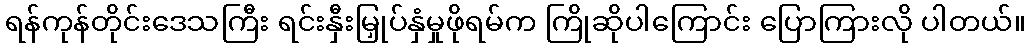
ရန်ကုန်တိုင်းဒေသကြီး ရင်းနှီးမြှုပ်နှံမှုဖိုရမ်က ကြိုဆိုပါကြောင်း ပြောကြားလို ပါတယ်။